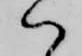
ハ